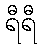
ရီရီ